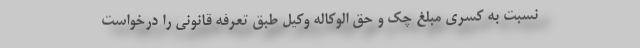
نسبت به کسری مبلغ چک و حق الوکاله وکیل طبق تعرفه قانونی را درخواست